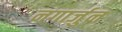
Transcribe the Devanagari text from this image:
नगार्जुन